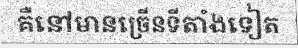
គឺនៅមានច្រើនទីតាំងទៀត